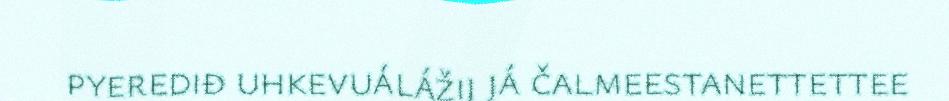
pyerediđ uhkevuálážij já čalmeestanettettee